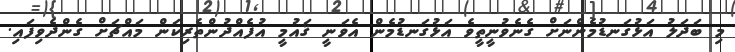
މި ބަދަލު އަޅުގަނޑުމެންނަށް ގެނެވުނީތީވެ އަޅުގަނޑުމެން އެވަނީ ޤައުމީ އުފެއްދުންތެރިކަން މައްޗަށް ގެންދެވިފައި.